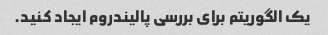
یک الگوریتم برای بررسی پالیندروم ایجاد کنید.